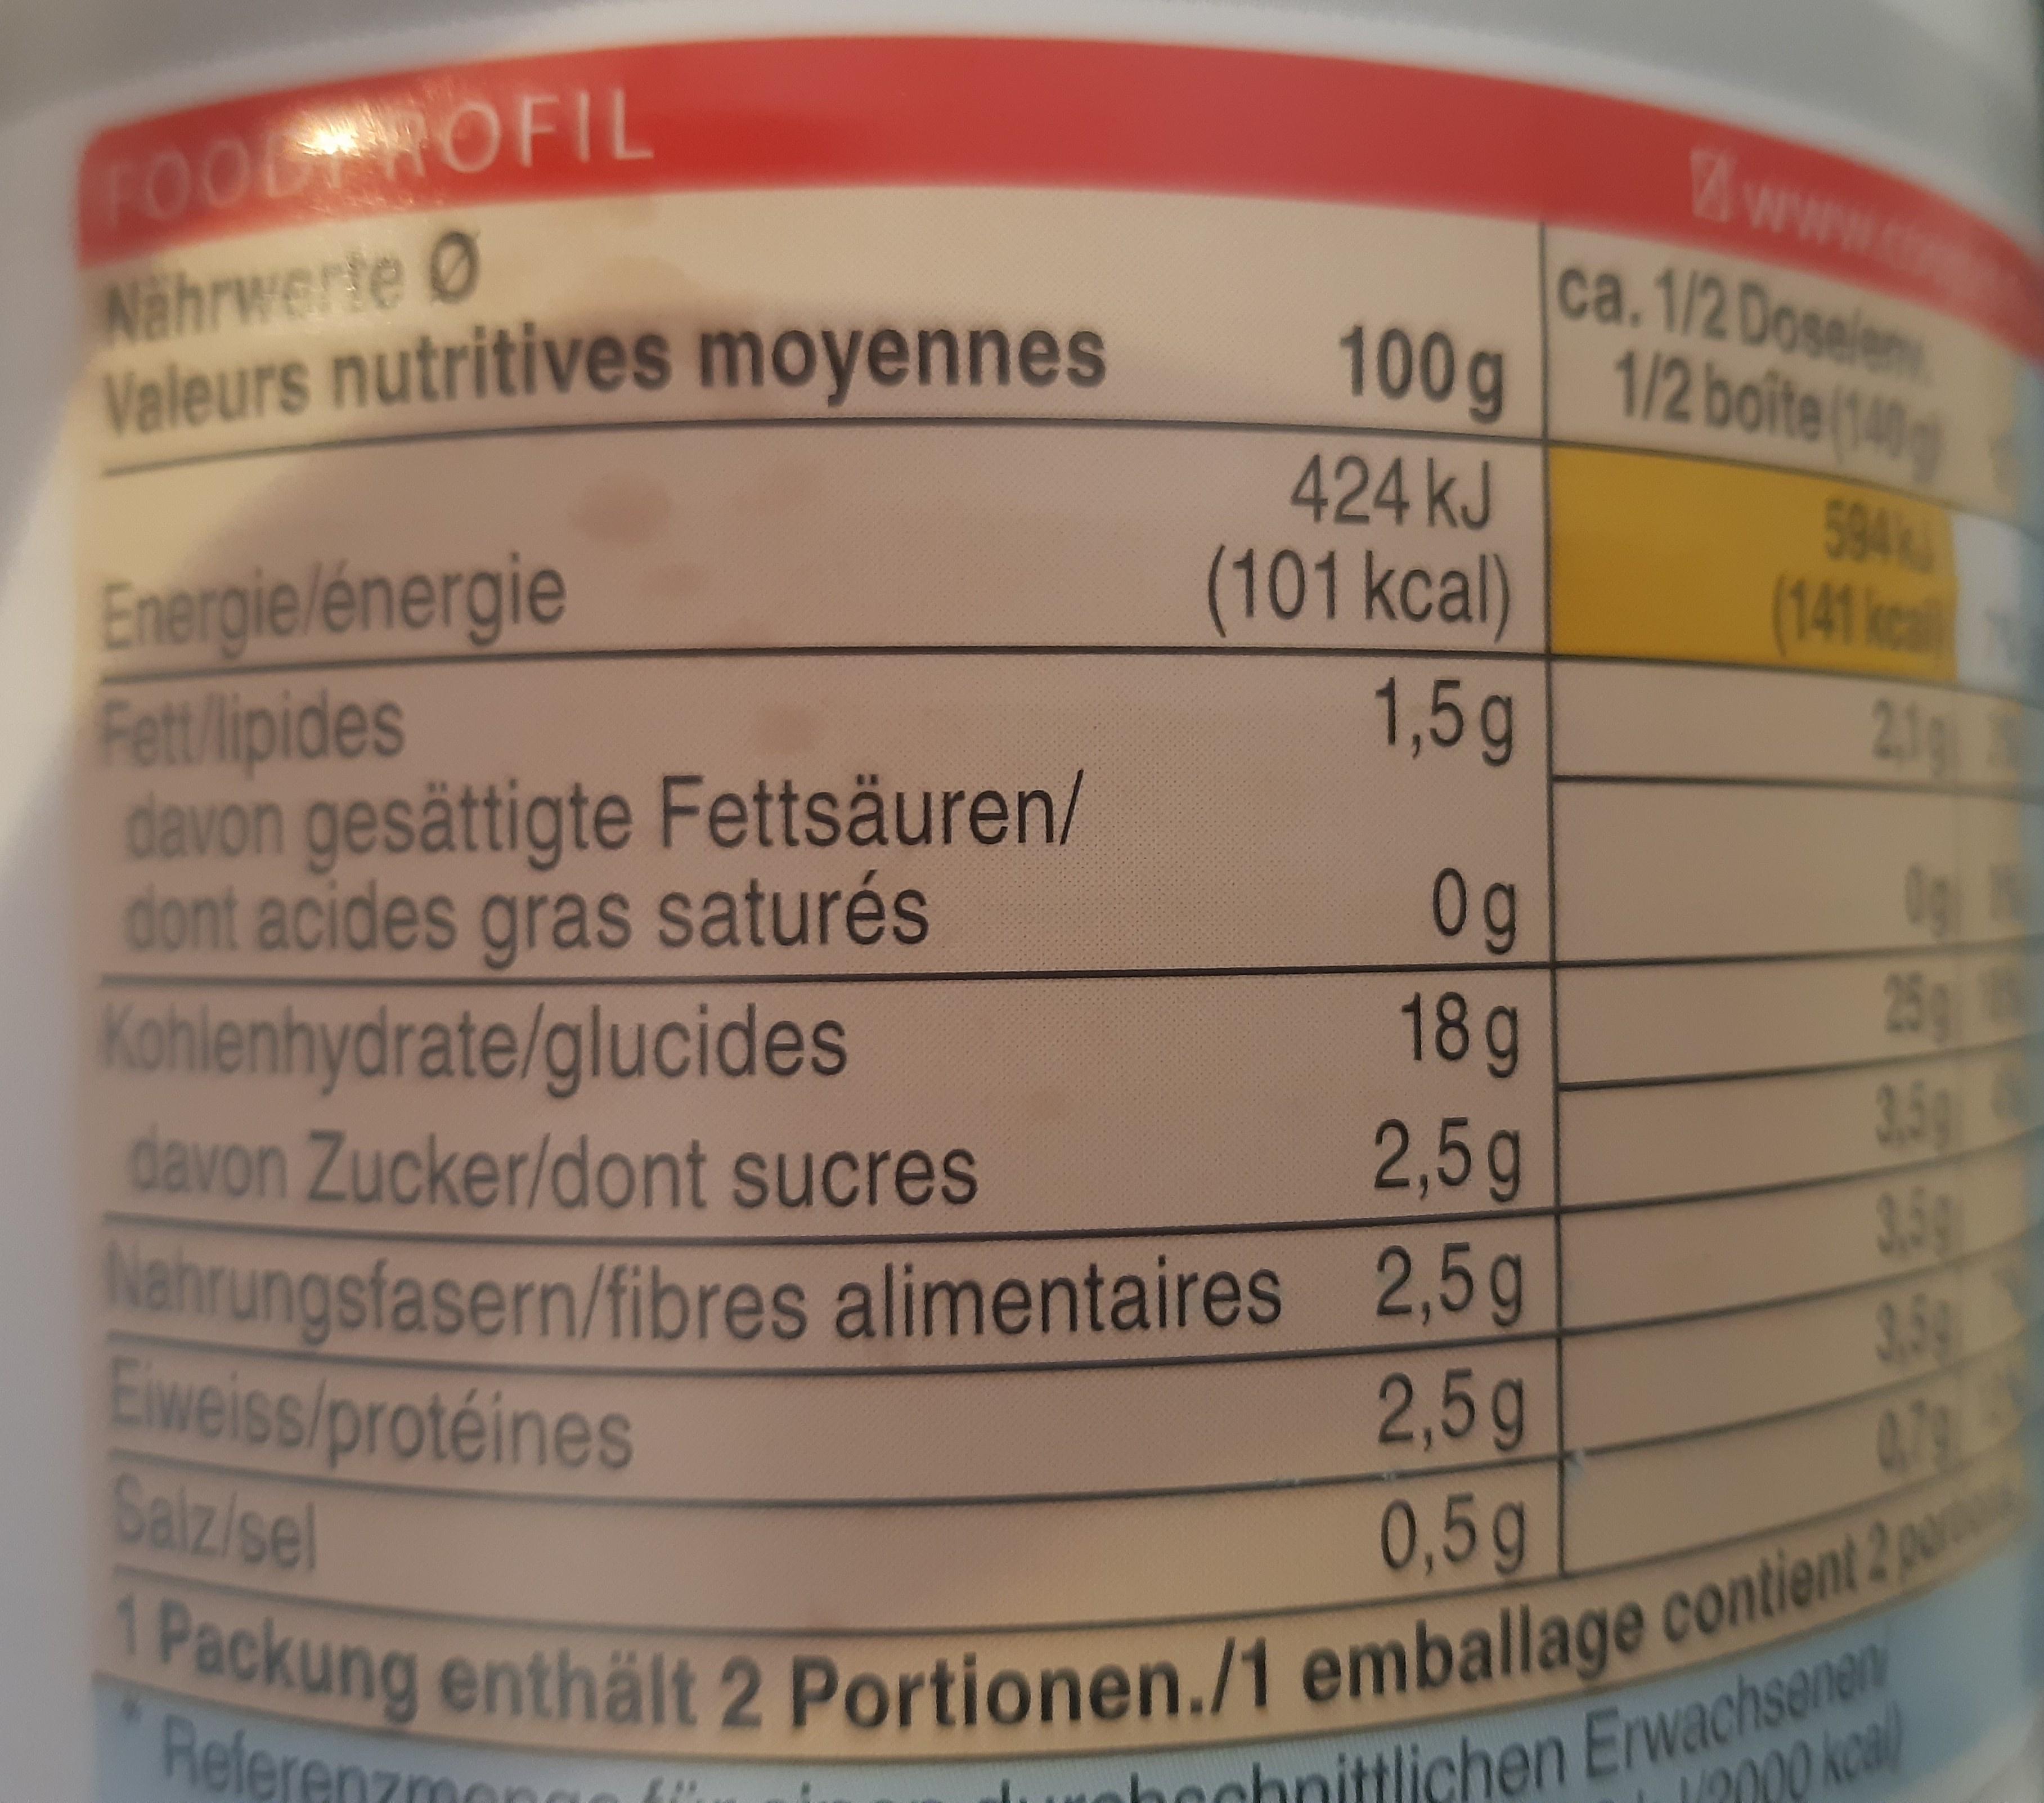
FOOD ROFIL
www.
Nährwerte O Valeurs nutritives moyennes
ca. 1/2 Doselem 100g 1/2 boite (140
424KJ (101kcal)
594
Energie/énergie Fett/lipides davon gesättigte Fettsäuren/ dont acides gras saturés Kohlenhydrate/glucides davon Zucker/dont sucres Nahrungsfasern/fibres alimentaires Eweiss/protéines Salz/sel
(141 kcal)
l
1,5g
2.1g Ax
Og 25g th
0g
18g 2,5g 2,5g 2,5g
3.5g 3.59 3.54 47g
1 Packung enthält 2 Portionen./1 emballage contient 2p
chnittlichen Erwachsenen I0000 kcal)
Referenzmon